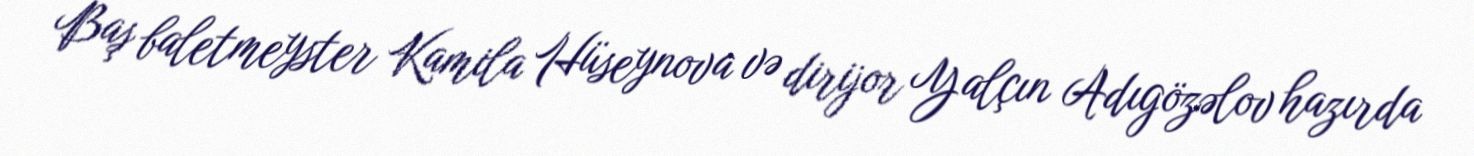
Baş baletmeyster Kamila Hüseynova və dirijor Yalçın Adıgözəlov hazırda